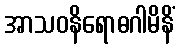
အာသဝနိရောဓဂါမိနိံ